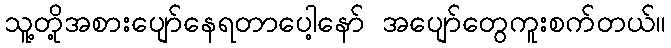
သူ့တို့အစားပျော်နေရတာပေါ့နော် အပျော်တွေကူးစက်တယ်။